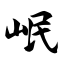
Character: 岷